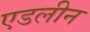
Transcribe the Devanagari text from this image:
एडलीन